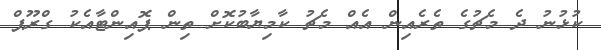
ކުޅުނު ދެ މެޗުގެ ތެރެއިން އެއް މެޗު ކާމިޔާބުކޮށް ތިން ޕޮއިންޓާއެކު ގްރޫޕް